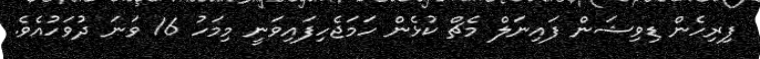
ފިރިހެން ޑިވިޝަން ފައިނަލް މެޗް ކުޅެން ހަމަޖެހިފައިވަނީ މިމަހު 16 ވަނަ ދުވަހުއެވެ.